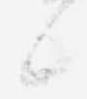
候